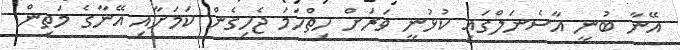
އޭނާ ބުނީ އާސެނަލްގައި ކުޅުނީ ވަރަށް ހިތްހަމަ ޖެހިގެން ކަމަށާއި އޭނާގެ މަތިން